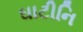
ઘાટીનિ